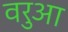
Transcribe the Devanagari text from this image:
वरुआ